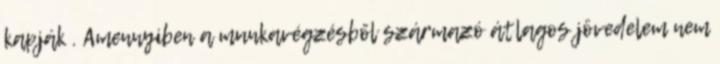
kapják . Amennyiben a munkavégzésből származó átlagos jövedelem nem